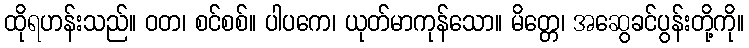
ထိုရဟန်းသည်။ ဝတ၊ စင်စစ်။ ပါပကေ၊ ယုတ်မာကုန်သော။ မိတ္တေ၊ အဆွေခင်ပွန်းတို့ကို။